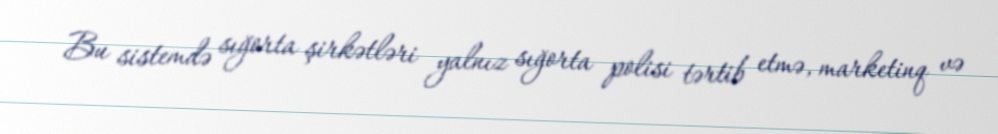
Bu sistemdə sığorta şirkətləri yalnız sığorta polisi tərtib etmə, marketinq və